Indian journal of veterinary science and animal husbandry - Volumes 24-25, 1954-1955
Year: 1954
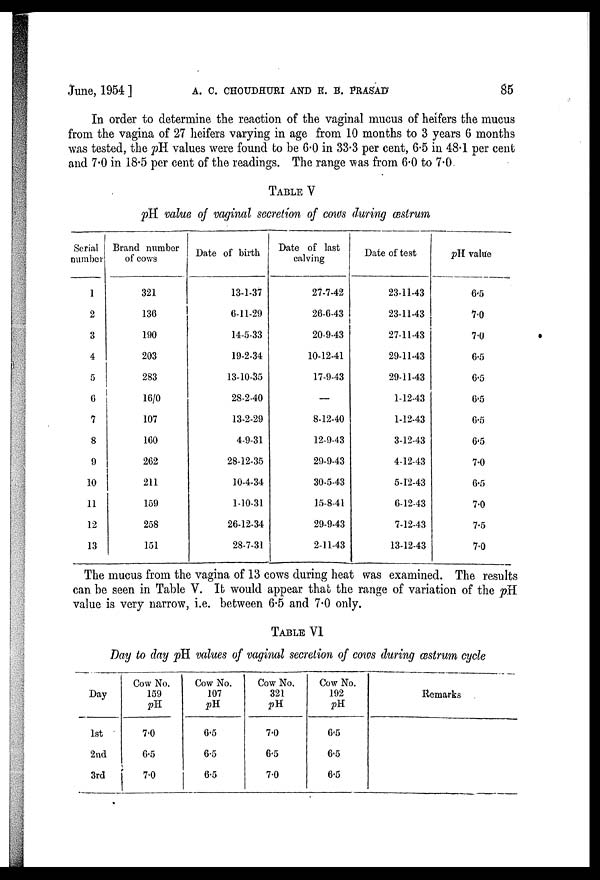
June, 1954 ] A. C. CHOUDHUEI AND K. B. FRASAD 85
In order to determine the reaction of the vaginal mucus of heifers the mucus
from the vagina of 27 heifers varying in age from 10 months to 3 years 6 months
was tested, the pH values were found to be 6.0 in 33.3 per cent, 6.5 in 48.1 per cent
and 7.0 in 18.5 per cent of the readings. The range was from 6.0 to 7.0.
TABLE V
pH value of vaginal secretion of cows during cestrum
Serial
number
1
2
3
4
5
6
7
8
9
10
11
12
13
Brand number
of cows
321
136
190
203
283
16/0
107
160
262
211
159
258
151
Date of birth
13-1-37
6-11-29
14-5-33
19-2-34
13-10-35
28-2-40
13-2-29
4-9-31
28-12-35
10-4-34
1-10-31
26-12-34
28-7-31
Date of last
calving
27-7-42
26-6-43
20-9-43
10-12-41
17-9-43
—
8-12-40
12-9-43
29-9-43
30-5-43
15-8-41
29-9-43
2-11-43
Date of test
23-11-43
23-11-43
27-11-43
29-11-43
29-11-43
1-12-43
1-12-43
3-12-43
4-12-43
5-12-43
6-12-43
7-12-43
13-12-43
pH value
6.5
7.0
7.0
6.5
6.5
6'5
6.5
6.5
7.0
6.5
7.0
7.5
7.0
The mucus from the vagina of 13 cows during heat was examined. The results
can be seen in Table V. It would appear that the range of variation of the pH
value is very narrow, i.e. between 6.5 and 7.0 only.
TABLE VI
Day to day pH values of vaginal secretion of cows during œstrum cycle
Day
1st
2nd
3rd
Cow No.
159 pH
7.0
6.5
7.0
Cow No.
107
pH
6.5
6.5
6.5
Cow No.
321pH
7.0
6.5
7.0
Cow No.
192 pH
6.5
6.5
6.5
Remarks